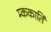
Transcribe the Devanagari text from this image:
म्ककार्ति